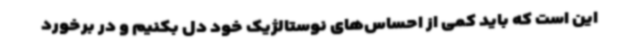
این است که باید کمی از احساس‌های نوستالژیک خود دل بکنیم و در برخورد